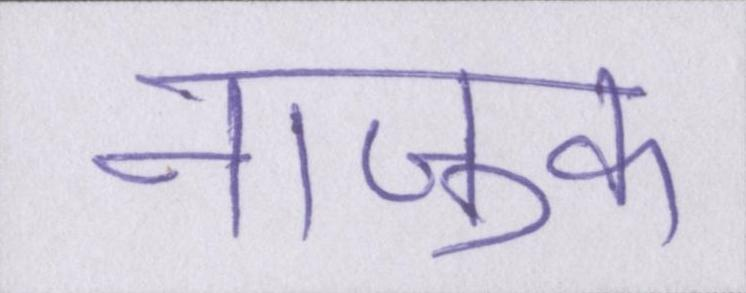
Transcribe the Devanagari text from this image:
नाजुक